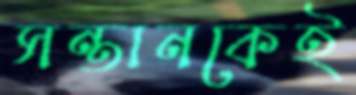
সন্তানকেই